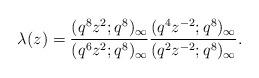
LaTeX: \begin{align*}\lambda(z)=\frac{(q^8z^2;q^8)_\infty}{(q^6z^2;q^8)_\infty}\frac{(q^4z^{-2};q^8)_\infty}{(q^2z^{-2};q^8)_\infty}.\end{align*}